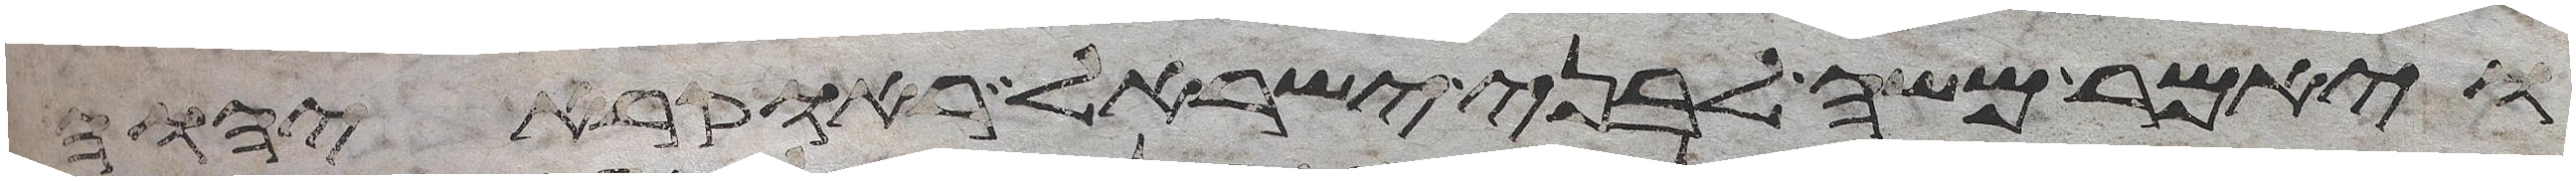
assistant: ויאמר משה לבני ישראל ראו קרא יהוה